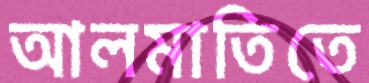
আলমাতিতে